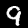
Digit: 9